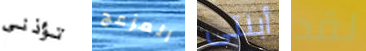
تؤذني المزعج أبنتى لقد